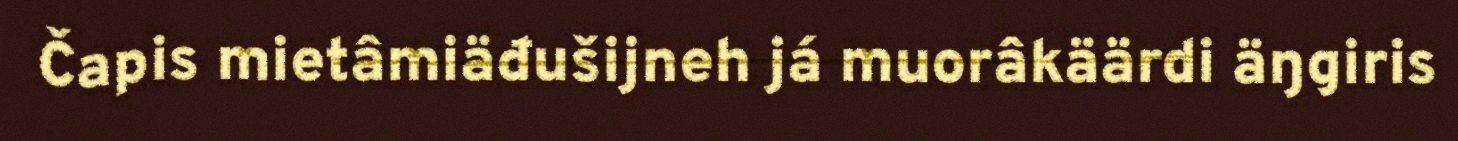
Čapis mietâmiäđušijneh já muorâkäärdi äŋgiris